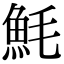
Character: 魹